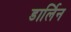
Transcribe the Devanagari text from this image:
डार्लिन